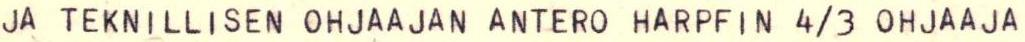
JA TEKNILLISEN OHJAAJAN ANTERO HARPFIN 4/3 OHJAAJA